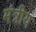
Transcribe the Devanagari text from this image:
मंत्रीय